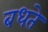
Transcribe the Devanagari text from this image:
बधते